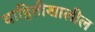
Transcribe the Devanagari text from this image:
वाहितीखालील